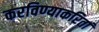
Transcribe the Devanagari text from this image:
करविण्याकरितां